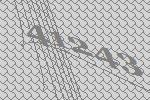
41243